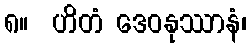
၈။  ဟိတံ ဒေဝနုဿာနံ၊